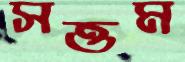
সত্তম